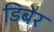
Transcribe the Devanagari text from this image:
डिबेर